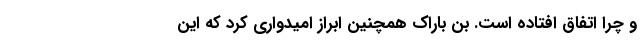
و چرا اتفاق افتاده است. بن باراک همچنین ابراز امیدواری کرد که این